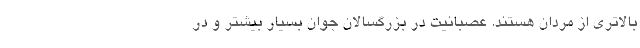
بالاتری از مردان هستند. عصبانیت در بزرگسالان جوان بسیار بیشتر و در